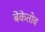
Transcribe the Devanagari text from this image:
बेकेतोव